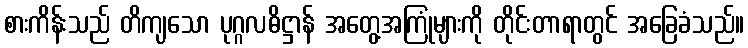
စားကိန်းသည် တိကျသော ပုဂ္ဂလဓိဋ္ဌာန် အတွေ့အကြုံများကို တိုင်းတာရာတွင် အခြေခံသည်။